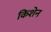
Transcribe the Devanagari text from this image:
किशेन